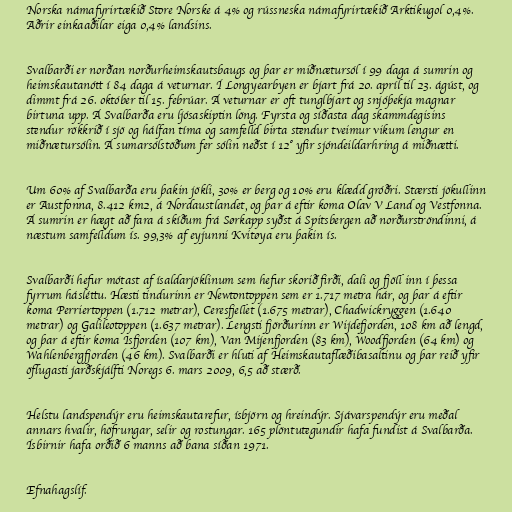
Norska námafyrirtækið Store Norske á 4% og rússneska námafyrirtækið Arktikugol 0,4%.
Aðrir einkaaðilar eiga 0,4% landsins.

Svalbarði er norðan norðurheimskautsbaugs og þar er miðnætursól í 99 daga á sumrin og
heimskautanótt í 84 daga á veturnar. Í Longyearbyen er bjart frá 20. apríl til 23. ágúst, og
dimmt frá 26. október til 15. febrúar. Á veturnar er oft tunglbjart og snjóþekja magnar
birtuna upp. Á Svalbarða eru ljósaskiptin löng. Fyrsta og síðasta dag skammdegisins
stendur rökkrið í sjö og hálfan tíma og samfelld birta stendur tveimur vikum lengur en
miðnætursólin. Á sumarsólstöðum fer sólin neðst í 12° yfir sjóndeildarhring á miðnætti.

Um 60% af Svalbarða eru þakin jökli, 30% er berg og 10% eru klædd gróðri. Stærsti jökullinn
er Austfonna, 8.412 km2, á Nordaustlandet, og þar á eftir koma Olav V Land og Vestfonna.
Á sumrin er hægt að fara á skíðum frá Sørkapp syðst á Spitsbergen að norðurströndinni, á
næstum samfelldum ís. 99,3% af eyjunni Kvitøya eru þakin ís.

Svalbarði hefur mótast af ísaldarjöklinum sem hefur skorið firði, dali og fjöll inn í þessa
fyrrum hásléttu. Hæsti tindurinn er Newtontoppen sem er 1.717 metra hár, og þar á eftir
koma Perriertoppen (1.712 metrar), Ceresfjellet (1.675 metrar), Chadwickryggen (1.640
metrar) og Galileotoppen (1.637 metrar). Lengsti fjörðurinn er Wijdefjorden, 108 km að lengd,
og þar á eftir koma Isfjorden (107 km), Van Mijenfjorden (83 km), Woodfjorden (64 km) og
Wahlenbergfjorden (46 km). Svalbarði er hluti af Heimskautaflæðibasaltinu og þar reið yfir
öflugasti jarðskjálfti Noregs 6. mars 2009, 6,5 að stærð.

Helstu landspendýr eru heimskautarefur, ísbjörn og hreindýr. Sjávarspendýr eru meðal
annars hvalir, höfrungar, selir og rostungar. 165 plöntutegundir hafa fundist á Svalbarða.
Ísbirnir hafa orðið 6 manns að bana síðan 1971.

Efnahagslíf.